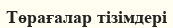
Төрағалар тізімдері